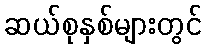
ဆယ်စုနှစ်များတွင်